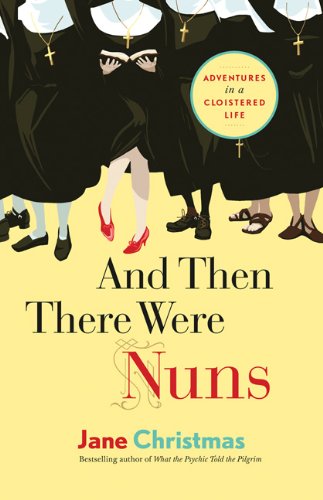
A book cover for And Then There Were Nuns: Adventures in a Cloistered Life; Jane Christmas; Travel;